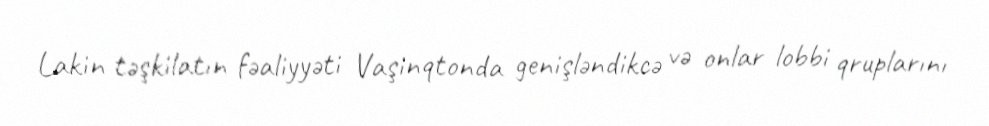
Lakin təşkilatın fəaliyyəti Vaşinqtonda genişləndikcə və onlar lobbi qruplarını